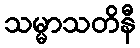
သမ္မာသတိနီ